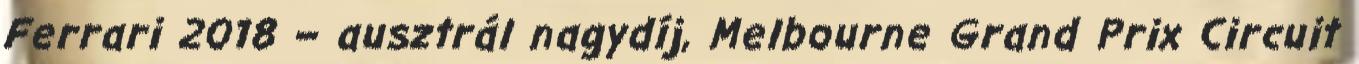
Ferrari 2018 – ausztrál nagydíj, Melbourne Grand Prix Circuit